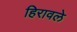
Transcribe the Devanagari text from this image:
हिरावले